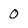
Character: 0